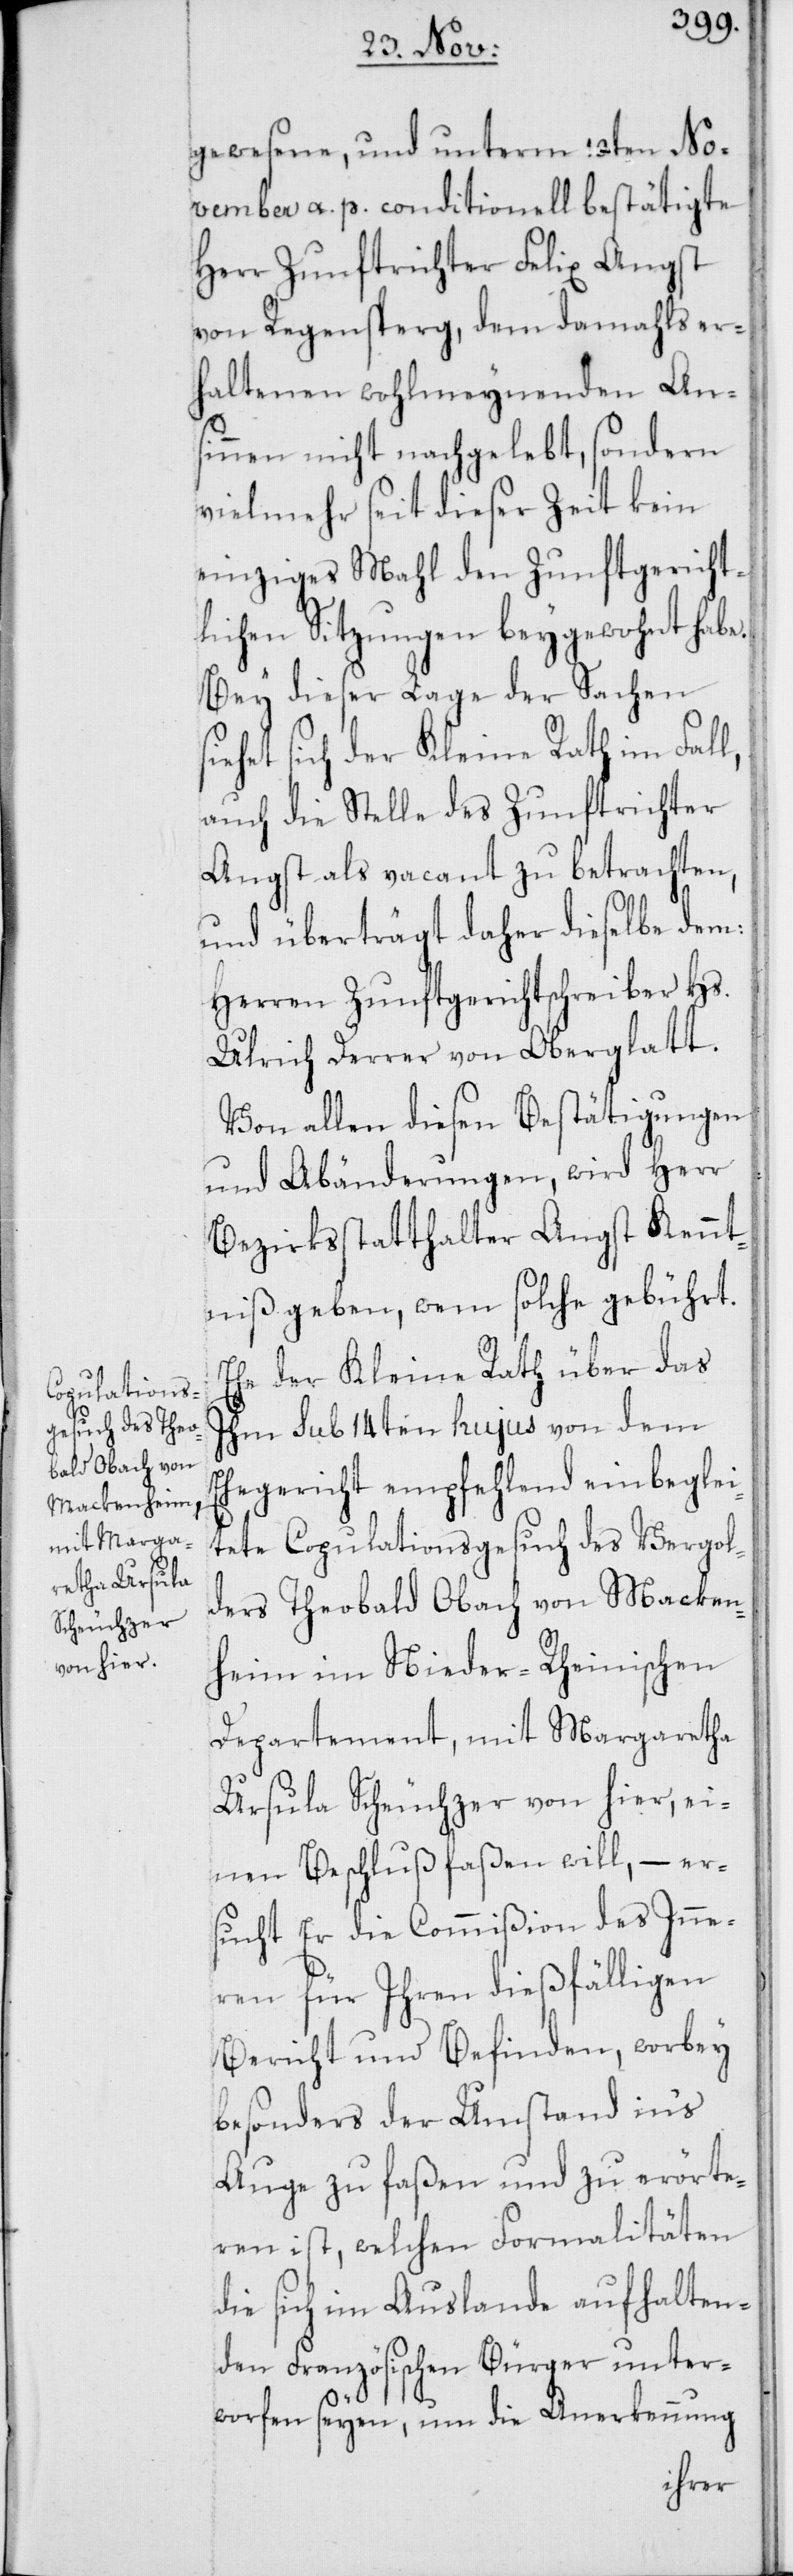
gewesene, und unterm 10ten No¬
vember a. p. conditionell bestätigte
Herr Zunftrichter Felix Angst
von Regensperg, dem damahls er¬
haltenen wohlmeynenden An¬
sinnen nicht nachgelebt, sondern
vielmehr seit dieser Zeit kein
einziges Mahl den Zunftgericht¬
lichen Sitzungen beygewohnt habe.
Bey dieser Lage der Sachen si¬
ehet sich der Kleine Rath im Fall,
auch die Stelle des Zunftrichter
Angst als vacant zu betrachten,
und überträgt daher dieselbe dem:
Herren Zunftgerichtschreiber Hs.
Ulrich Derrer von Oberglatt.
Von allen diesen Bestätigungen
und Abänderungen, wird Herr
Bezirksstatthalter Angst Kennt¬
niß geben, wem solche gebührt.
Ehe der Kleine Rath über das
Ihm sub 14ten hujus von dem
Ehegericht empfehlend einbeglei¬
tete Copulationsgesuch des Vergol¬
ders Theobald Obach von Macken¬
heim im Nieder-Rheinischen
Departement, mit Margaretha
Ursula Scheuchzer von hier, ei¬
nen Beschluß faßen will, – er¬
sucht Er die Commißion des Inne¬
ren für ihren dießfälligen
Bericht und Befinden, worbey
besonders der Umstand in‘s
Auge zu faßen und zu erörte¬
ren ist, welchen Formalitäten
die sich im Auslande aufhalten¬
den Französischen Bürger unter¬
worfen seyen, um die Anerkennung